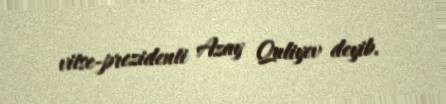
vitse-prezidenti Azay Quliyev deyib.